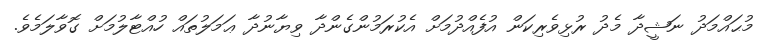
މުޙައްމަދު ނަޝީދާ މެދު ރުޅިވެރިކަން އުފެއްދުމަށް އެކުރަމުންގެންދާ ވިޔާނުދާ ޢަމަލުތައް ހުއްޓާލުމަށް ގޮވާލަމެވެ.